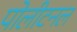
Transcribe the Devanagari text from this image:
पोलीटनल